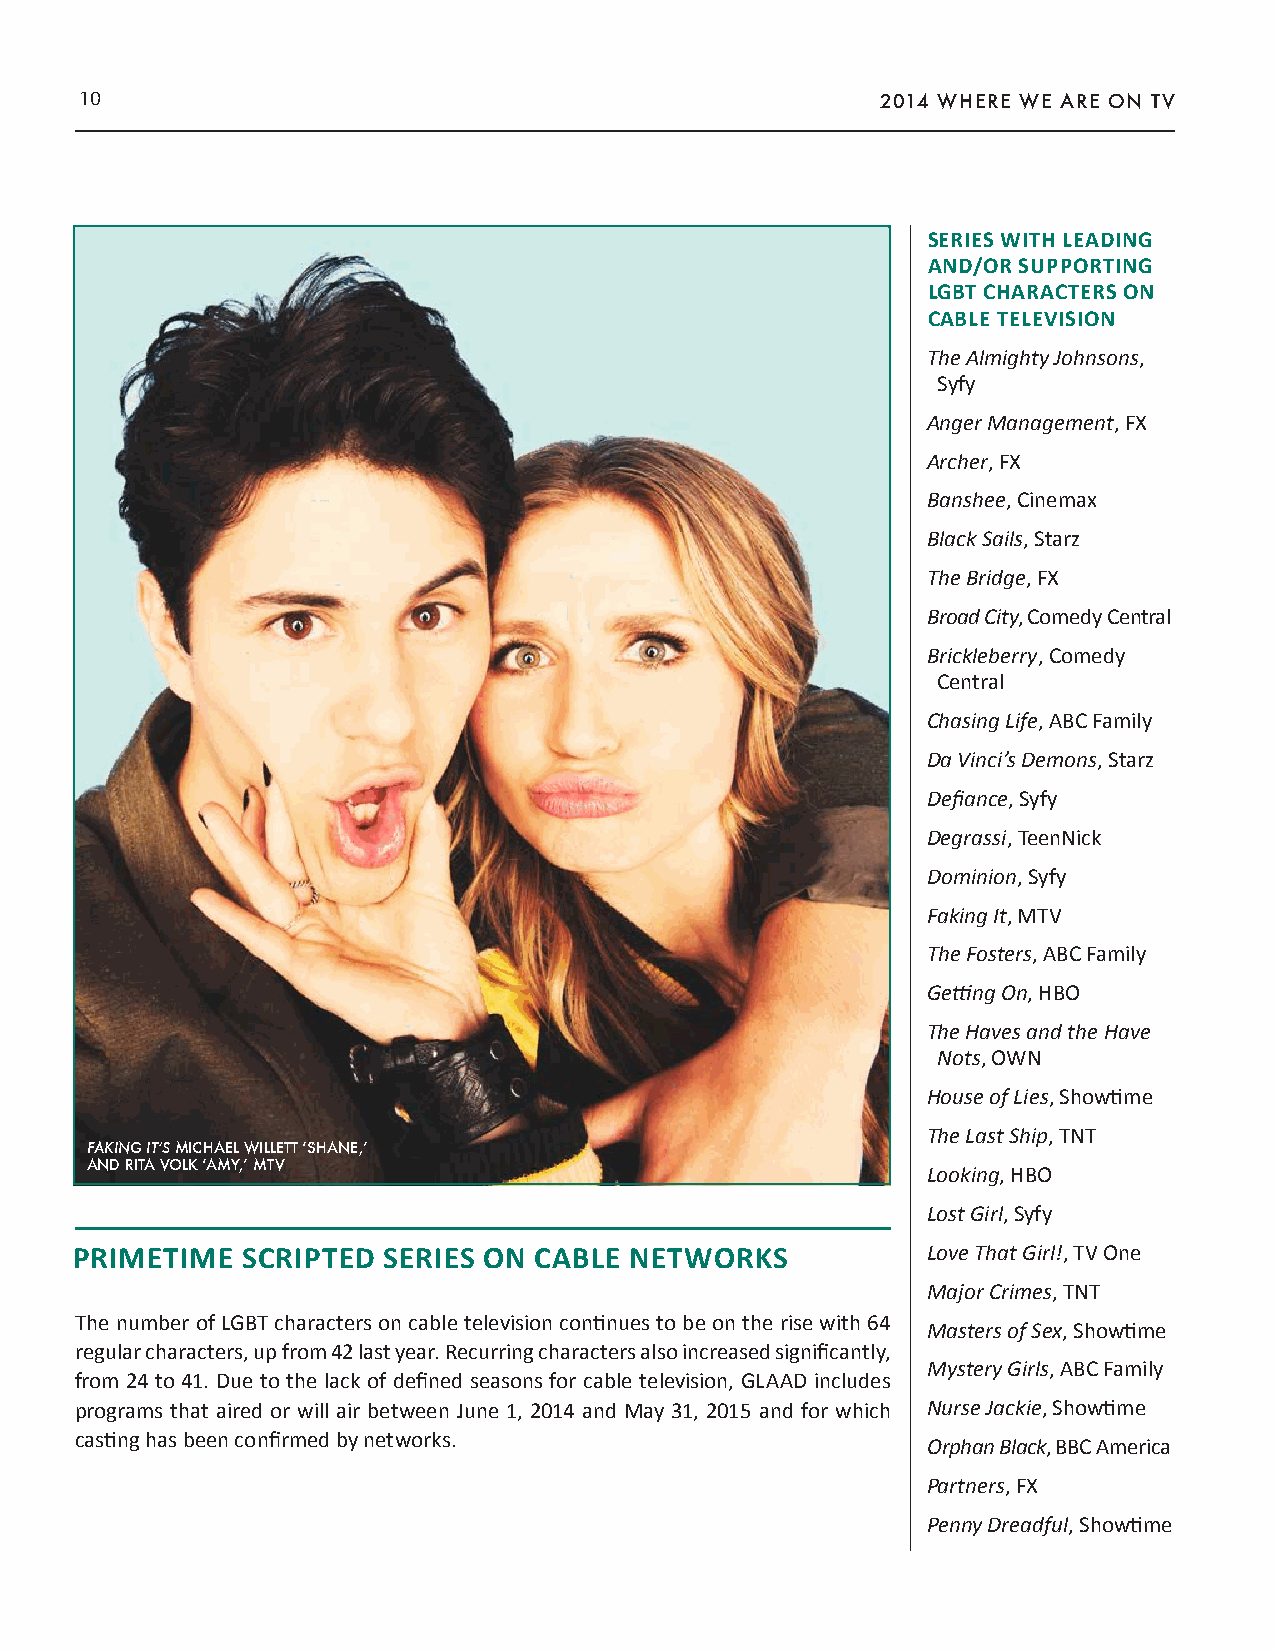
10                                                   2014 WHERE WE ARE ON TV
 SERIES WITH LEADING
 AND/OR SUPPORTING
 LGBT CHARACTERS ON
 CABLE TELEVISION
 The Almighty Johnsons,
 Syfy
 Anger Management, FX
 Archer, FX
 Banshee, Cinemax
 Black Sails, Starz
 The Bridge, FX
 Broad City, Comedy Central
 Brickleberry, Comedy
 Central
 Chasing Life, ABC Family
 Da Vinci’s Demons, Starz
 Defiance, Syfy
 Degrassi, TeenNick
 Dominion, Syfy
 Faking It, MTV
 The Fosters, ABC Family
 Getting On, HBO
 The Haves and the Have
 Nots, OWN
 House of Lies, Showtime
 The Last Ship, TNT
 FAKING IT’S MICHAEL WILLETT ‘SHANE,’
 AND RITA VOLK ‘AMY,’ MTV                               Looking, HBO
 Lost Girl, Syfy
 PRIMETIME  SCRIPTED SERIES ON CABLE  NETWORKS           Love That Girl!, TV One
 Major Crimes, TNT
 The number of LGBT characters on cable television continues to be on the rise with 64
 Masters of Sex, Showtime
 regular characters, up from 42 last year. Recurring characters also increased significantly,
 Mystery Girls, ABC Family
 from 24 to 41. Due to the lack of defined seasons for cable television, GLAAD includes
 programs that aired or will air between June 1, 2014 and May 31, 2015 and for which Nurse Jackie, Showtime
 casting has been confirmed by networks.
 Orphan Black, BBC America
 Partners, FX
 Penny Dreadful, Showtime